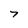
Character: 7